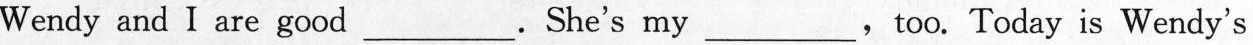
Wendy and I are good ___. She's my___， too.Today is Wendy's